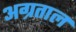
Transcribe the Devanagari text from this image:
अग्रताल